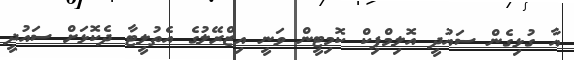
އާ ގުޅިގެން ސައުދީ އޮލިމްޕިކް ކޮމިޓީން ވަނީ އިޒްރޭލުގެ އެތުލީޓާ ދެކޮޅަށް ސައުދީ